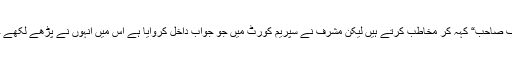
میاں نواز شریف بھی انہیں ”مشرف صاحب“ کہہ کر مخاطب کرتے ہیں لیکن مشرف نے سپریم کورٹ میں جو جواب داخل کروایا ہے اس میں انہوں نے پڑھے لکھے جاہل ہونے کا ثبوت فراہم کیا ہے۔